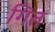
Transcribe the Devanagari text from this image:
गित